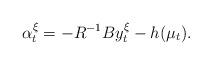
LaTeX: \begin{align*}\alpha_t^{\xi}=-R^{-1}By_t^{\xi}-h(\mu_t).\end{align*}